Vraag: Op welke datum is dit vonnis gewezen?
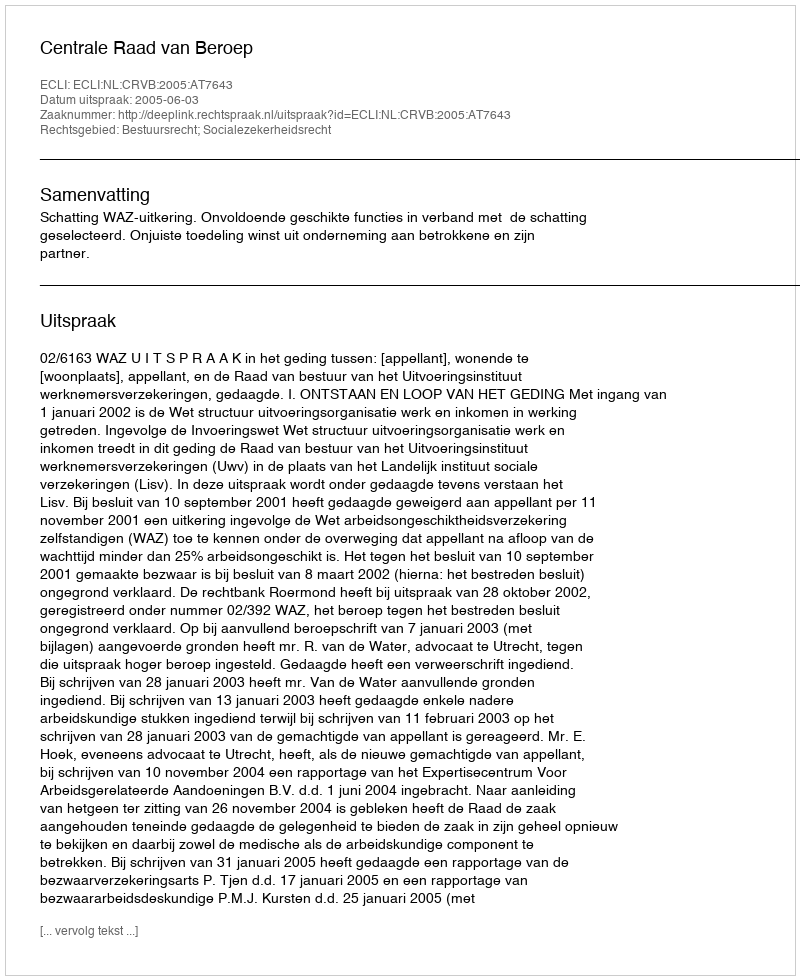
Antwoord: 2005-06-03